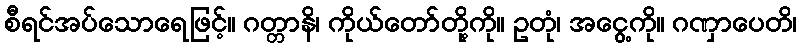
စီရင်အပ်သောရေဖြင့်။ ဂတ္တာနိ၊ ကိုယ်တော်တို့ကို။ ဥတုံ၊ အငွေ့ကို။ ဂဏှာပေတိ၊